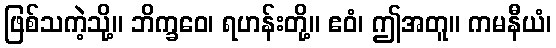
ဖြစ်သကဲ့သို့။ ဘိက္ခဝေ၊ ရဟန်းတို့။ ဧဝံ၊ ဤအတူ။ ကမနီယံ၊